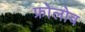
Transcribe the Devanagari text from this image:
फ्रोलोव